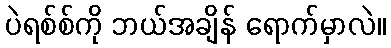
ပဲရစ်စ်ကို ဘယ်အချိန် ရောက်မှာလဲ။